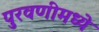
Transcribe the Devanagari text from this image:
पुरवणीमध्ये